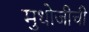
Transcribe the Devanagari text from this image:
मुधोजीची